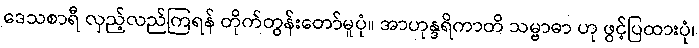
ဒေသစာရီ လှည့်လည်ကြရန် တိုက်တွန်းတော်မူပုံ။ အာဟုန္ဒရိကာတိ သမ္ဗာဓာ ဟု ဖွင့်ပြထားပုံ၊